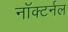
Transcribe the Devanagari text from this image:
नॉक्टर्नल